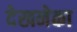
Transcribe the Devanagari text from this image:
देखनेका